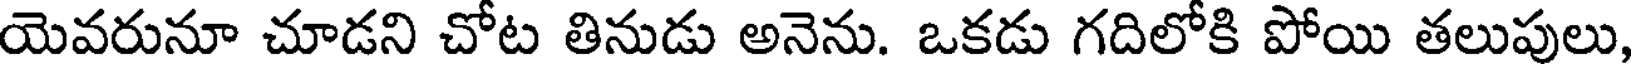
యెవరునూ చూడని చోట తినుడు అనెను. ఒకడు గదిలోకి పోయి తలుపులు,